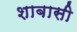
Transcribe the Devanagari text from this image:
शाबासी